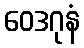
ဝေဒဂုနံ